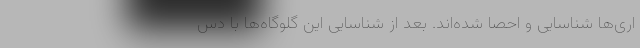
اری‌ها شناسایی و احصا شده‌اند. بعد از شناسایی این گلوگاه‌ها با دس